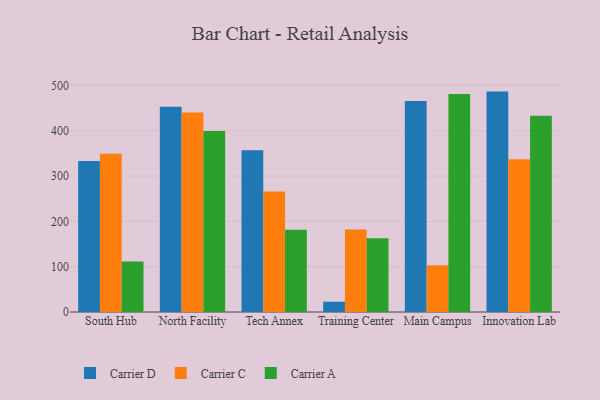
{"axis": {"x": "Campus", "y": "Tickets Resolved"}, "legend": ["Carrier A", "Carrier C", "Carrier D"], "data": [{"x": "South Hub", "y": 333.3, "type": "Carrier D"}, {"x": "South Hub", "y": 349.4, "type": "Carrier C"}, {"x": "South Hub", "y": 111.2, "type": "Carrier A"}, {"x": "North Facility", "y": 452.7, "type": "Carrier D"}, {"x": "North Facility", "y": 440.3, "type": "Carrier C"}, {"x": "North Facility", "y": 399.2, "type": "Carrier A"}, {"x": "Tech Annex", "y": 357.1, "type": "Carrier D"}, {"x": "Tech Annex", "y": 266.0, "type": "Carrier C"}, {"x": "Tech Annex", "y": 181.4, "type": "Carrier A"}, {"x": "Training Center", "y": 22.7, "type": "Carrier D"}, {"x": "Training Center", "y": 182.2, "type": "Carrier C"}, {"x": "Training Center", "y": 162.6, "type": "Carrier A"}, {"x": "Main Campus", "y": 465.8, "type": "Carrier D"}, {"x": "Main Campus", "y": 103.4, "type": "Carrier C"}, {"x": "Main Campus", "y": 481.2, "type": "Carrier A"}, {"x": "Innovation Lab", "y": 486.3, "type": "Carrier D"}, {"x": "Innovation Lab", "y": 336.9, "type": "Carrier C"}, {"x": "Innovation Lab", "y": 432.8, "type": "Carrier A"}]}